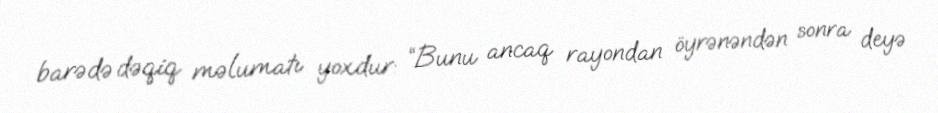
barədə dəqiq məlumatı yoxdur: “Bunu ancaq rayondan öyrənəndən sonra deyə